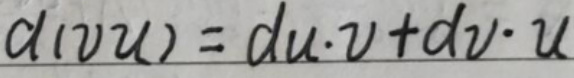
\[
d(vu)=du\cdot v + dv\cdot u
\]